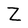
Character: Z